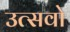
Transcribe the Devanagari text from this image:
उत्सवो